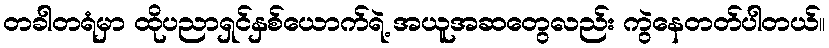
တခါတရံမှာ ထိုပညာရှင်နှစ်ယောက်ရဲ့ အယူအဆတွေလည်း ကွဲနေတတ်ပါတယ်။